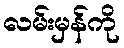
လမ်းမှန်ကို